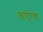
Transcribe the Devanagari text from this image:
कांटे्रक्ट